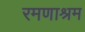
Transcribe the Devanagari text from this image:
रमणाश्रम